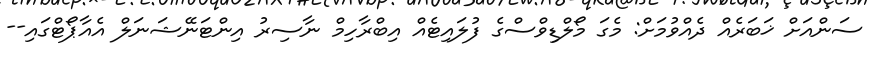
ސަންއަށް ޚަބަރެއް ދެއްވުމަށް: މެގަ މޯލްޑިވްސްގެ ފުލައިޓެއް އިބްރާހިމް ނާސިރު އިންޓަނޭޝަނަލް އެއާޕޯޓްގައި--